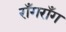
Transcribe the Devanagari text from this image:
राँगराँग